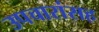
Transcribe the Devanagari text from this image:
उपचारांसह